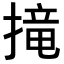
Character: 𢲣